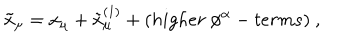
\tilde { x } _ { \mu } = x _ { \mu } + \tilde { x } _ { \mu } ^ { ( 1 ) } + ( h i g h e r ~ \phi ^ { \alpha } - t e r m s ) ~ ,